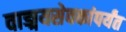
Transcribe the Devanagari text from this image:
वाङ्मयसेवकांपर्यंत